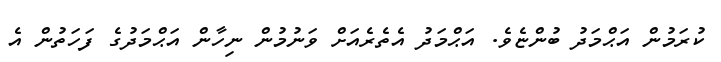
ކުރަމުން އަޙްމަދު ބުންޏެވެ. އަޙްމަދު އެތެރެއަށް ވަނުމުން ނިހާން އަޙްމަދުގެ ފަހަތުން އެ